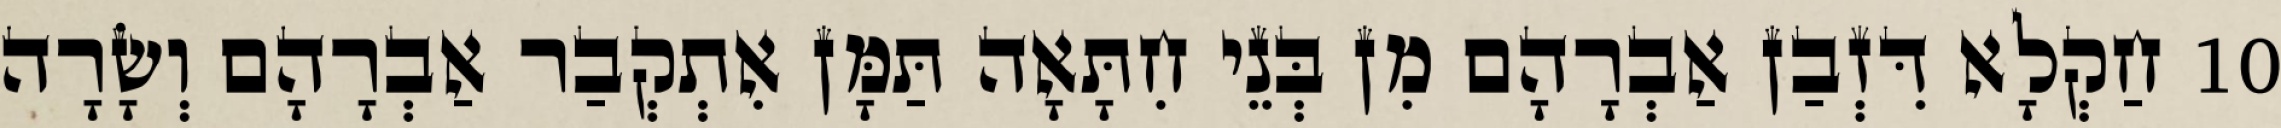
10 חַקְלָא דִּזְבַן אַבְרָהָם מִן בְּנֵי חִתָּאָה תַּמָּן אִתְקְבַר אַבְרָהָם וְשָׂרָה